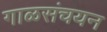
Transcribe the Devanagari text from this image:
गाळसंचयन